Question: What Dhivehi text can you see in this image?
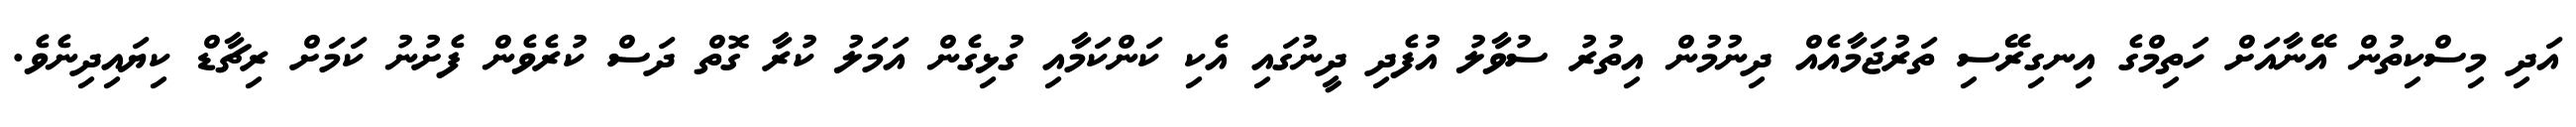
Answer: އަދި މިސްކިތުން އޭނާއަށް ހަތިމްގެ އިނގިރޭސި ތަރުޖަމާއެއް ދިނުމުން އިތުރު ސުވާލު އުފެދި ދީނުގައި އެކި ކަންކަމާއި ގުޅިގެން އަމަލު ކުރާ ގޮތް ދަސް ކުރެވެން ފެށުނު ކަމަށް ރިޗާޑް ކިޔައިދިނެވެ.